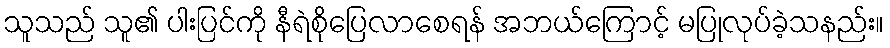
သူသည် သူ၏ ပါးပြင်ကို နီရဲစိုပြေလာစေရန် အဘယ်ကြောင့် မပြုလုပ်ခဲ့သနည်း။